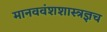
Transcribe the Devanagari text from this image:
मानववंशशास्त्रज्ञच